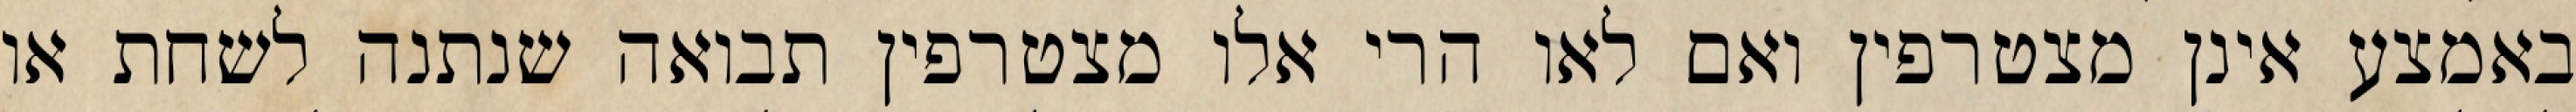
באמצע אינן מצטרפין ואם לאו הרי אלו מצטרפין תבואה שנתנה לשחת או